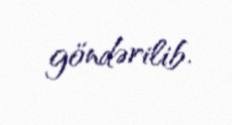
göndərilib.